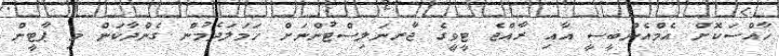
ޚާއްސަކޮށް އެމްއެންބީސީ އާއި ރާއްޖެ ޓީވީގެ ޖާރނަލިސްޓުންނަށް ހަމަލަދެމުން ގެންދާކަން މި ޕާޓީން